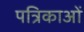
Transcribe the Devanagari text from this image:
पत्रिकाओं